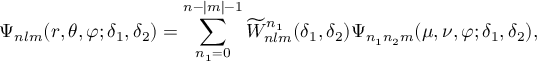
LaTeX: \Psi _ { n l m } ( r , \theta , \varphi ; \delta _ { 1 } , \delta _ { 2 } ) = \sum _ { n _ { 1 } = 0 } ^ { n - | m | - 1 } \widetilde W _ { n l m } ^ { n _ { 1 } } ( \delta _ { 1 } , \delta _ { 2 } ) \Psi _ { n _ { 1 } n _ { 2 } m } ( \mu , \nu , \varphi ; \delta _ { 1 } , \delta _ { 2 } ) ,